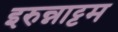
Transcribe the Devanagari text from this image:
इरुन्नाट्टम